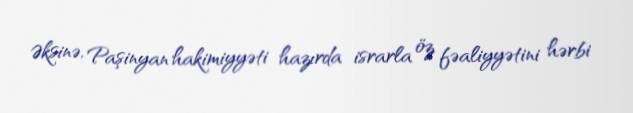
Əksinə, Paşinyan hakimiyyəti hazırda israrla öz fəaliyyətini hərbi